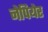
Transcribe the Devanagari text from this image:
नेपियेर